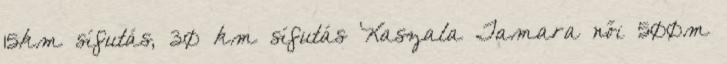
15km sífutás, 30 km sífutás Kaszala Tamara női 500m